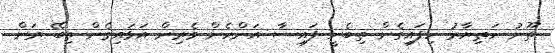
ތޫނު ހަތިޔާރު ހިފައިގެން ތިބެނީ ފައިސާ އަންހެން ވެރިން އަޅައިގެން ތިބޭ ރަން